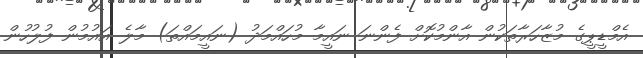
އެމްޑީޕީގެ މުޒާހަރާތަކުން އާންމުކޮށް ފެންނަ ނައީމާ މުހައްމަދު (ނައީމައްތަ) މާލެ އައުމުން ފުލުހުން